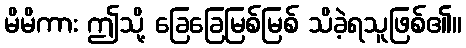
မိမိကား ဤသို့ ခြေခြေမြစ်မြစ် သိခဲ့ရသူဖြစ်၏။